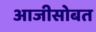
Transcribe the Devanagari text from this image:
आजीसोबत